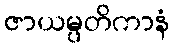
ဇာယမ္ပတိကာနံ